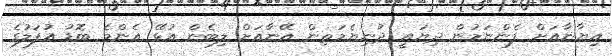
އިޔާނާއަށް ފެންނަމުން ދިޔައީ ދުނިޔެމަތިން އޭނާއަށް ލިބެން އުޅޭ އެންމެ ބޮޑު އުފަލުގެ